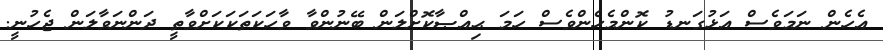
އެހެން ނަމަވެސް އަޅުގަނޑު ކޮންމެހެންވެސް ހަމަ ޙިއްޞާކޮށްލަން ބޭނުންވާ ވާހަކަތަކަކަށްވާތީ ދަންނަވާލަން ޖެހުނީ.